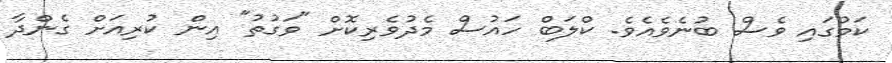
ކަމުގައި ވެސް ބުނެވެއެވެ. ކްލަބް ހައުސް މެދުވެރިކޮށް "ވަގުތު" އިން ކުރިއަށް ގެންދާ